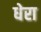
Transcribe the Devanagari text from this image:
धेरा